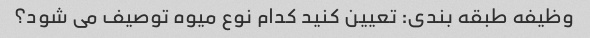
وظیفه طبقه بندی: تعیین کنید کدام نوع میوه توصیف می شود؟